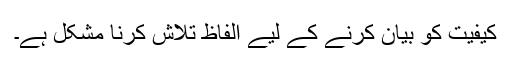
کیفیت کو بیان کرنے کے لیے الفاظ تلاش کرنا مشکل ہے۔